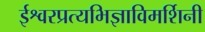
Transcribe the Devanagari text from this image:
ईश्वरप्रत्यभिज्ञाविमर्शिनी